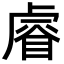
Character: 𥈠